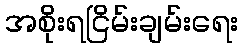
အစိုးရငြိမ်းချမ်းရေး